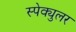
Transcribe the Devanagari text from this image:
स्पेक्युलर